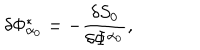
LaTeX: \delta \Phi _ { \alpha _ { 0 } } ^ { * } = - \frac { \delta S _ { 0 } } { \delta \Phi ^ { \alpha _ { 0 } } } ,